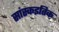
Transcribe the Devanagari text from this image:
सांस्कइतिक